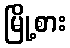
မြို့စား